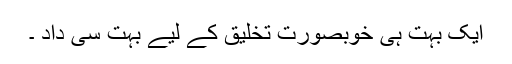
ایک بہت ہی خوبصورت تخلیق کے لیے بہت سی داد ۔